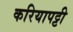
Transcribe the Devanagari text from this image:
करियापट्टी